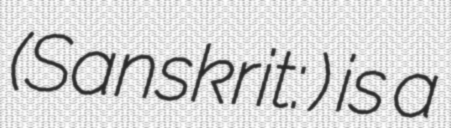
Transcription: (Sanskrit: चक्रव्यूह) is a